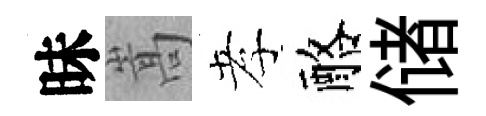
昧嵩孝酪储